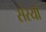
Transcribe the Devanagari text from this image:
संरयाँ